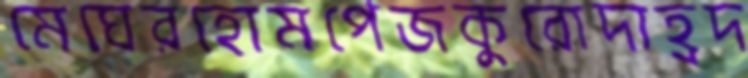
মেঘেরহোমপেজকুরোদাহ্রদ